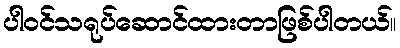
ပါဝင်သရုပ်ဆောင်ထားတာဖြစ်ပါတယ်။